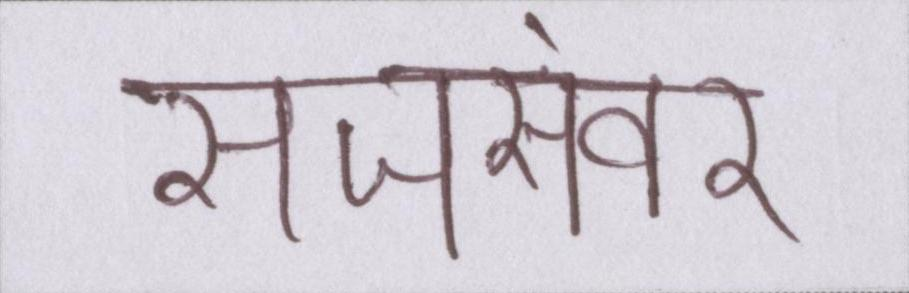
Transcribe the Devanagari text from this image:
सजसंवर